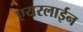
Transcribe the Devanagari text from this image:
एयरलाईन